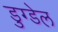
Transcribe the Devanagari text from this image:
डुग्डेल